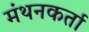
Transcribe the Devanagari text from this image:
मंथनकर्ता